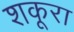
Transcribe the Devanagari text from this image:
शकूरा